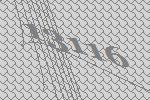
13116